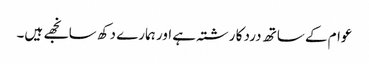
عوام کے ساتھ درد کا رشتہ ہے اور ہمارے دکھ سانجھے ہیں۔